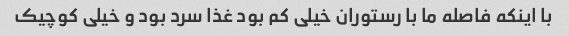
با اینکه فاصله ما با رستوران خیلی کم بود غذا سرد بود و خیلی کوچیک